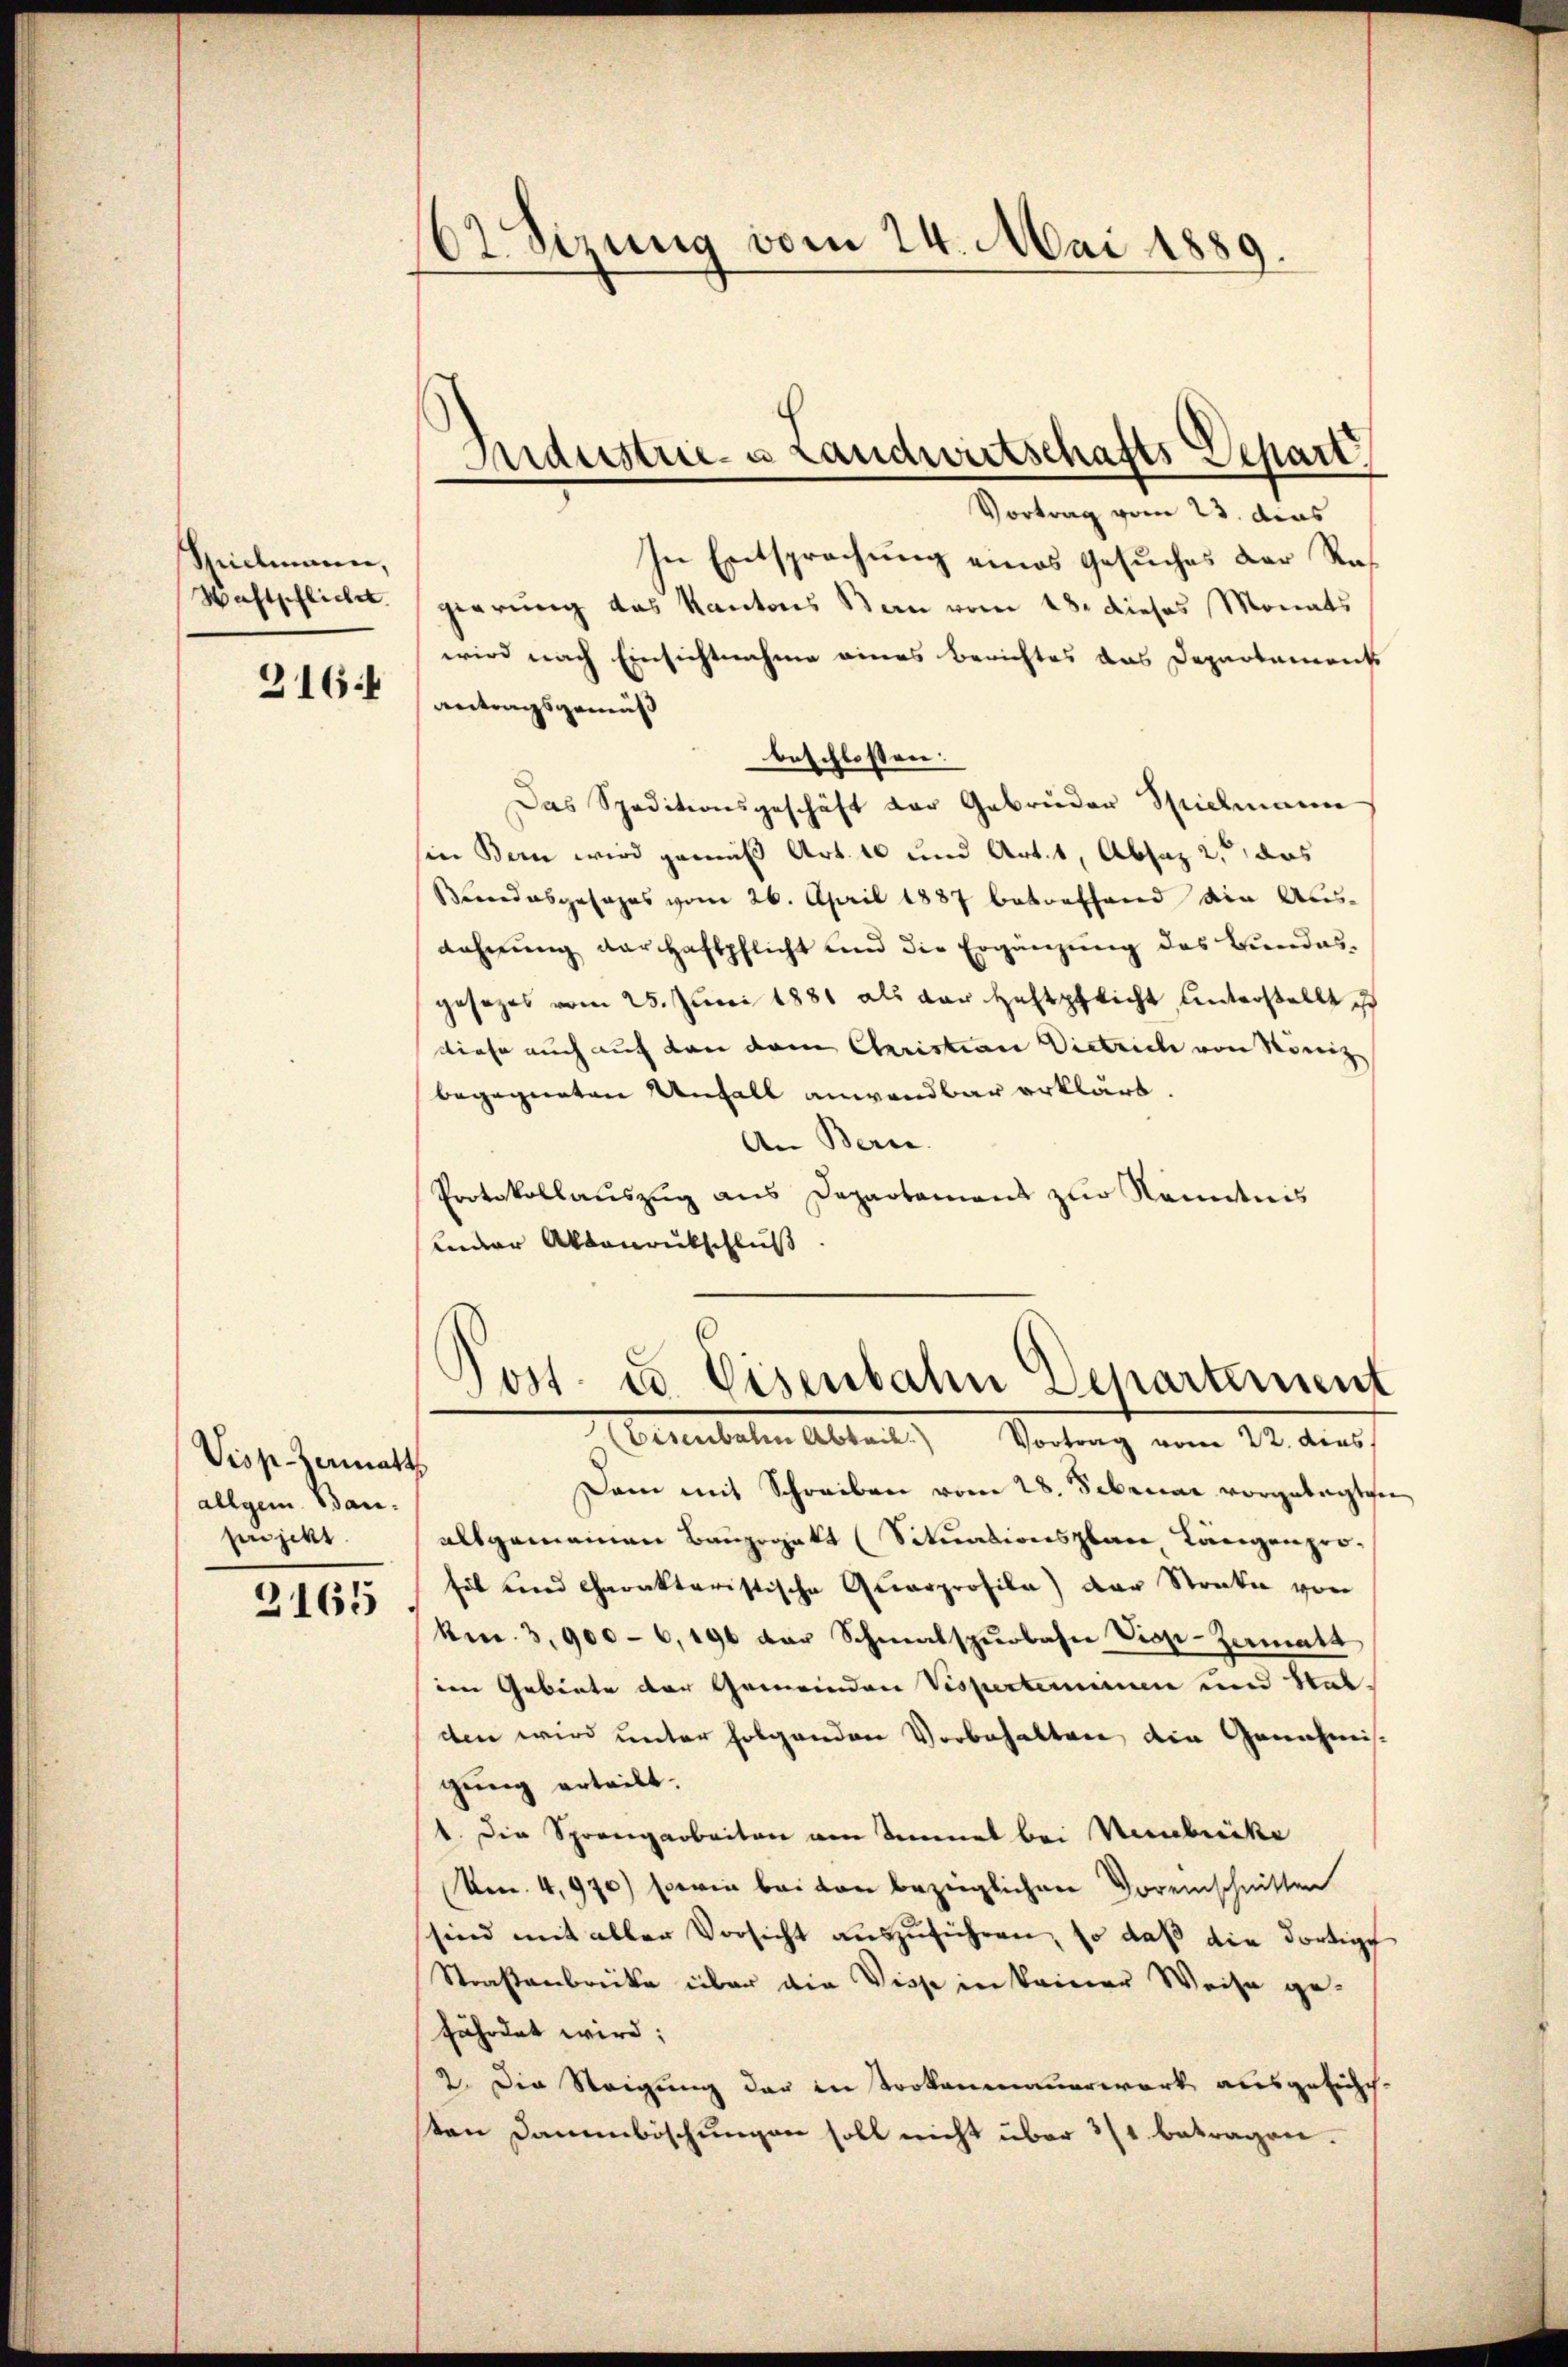
Sidmann,
Waftpflichet.
316.

Visp-Zermatt
allgem. Baupnjekt
3165

62 Sizung vom 24. Mai 1889.

Vortrag vom 23. dies
In Entsprechung eines Gesuches der Regierung das Kantons Bern vom 18. dieses Monats
wird nach Einsichtnahme eines Berichtes das Departement
antragsgemäß
beschlossen:
Das Speditionsgeschäft der Gebrüder Spielmann
sie Bern wird gemäß Art. 10 und Art. 1, Absaz 2 das
Bundesgesages vom 26. April 1887 betreffend die Aus-
dahnŭng der Haftpflicht und die Ergänzung des Bundes-
gesezes vom 25. Juni 1881 als der Haftpflicht unterstellt ist
diese auch auf den dem Christian Dietrich von König
begegneten Unfall anwendbar erklärt
An Berne.
Protokollauszug aus Departement zur Kenntnis
Ander Aktenrutschluß

Andustrie-a Landwirtschafts Depart

Post- u. Eisenbahn Separtement
Eisenbahn Abback.) Vortrag vom 22. dies

Dam mit Schreiben vom 28. Februar vorgelegten
alsgemeinen Bauzegatt (Situationsplan Längen prohet und charaktaristische Quarprofila) der Strate von
km. 3,900-6,196 der Schmalspurbahne Vice-Zermatt
ien Gebiete der Gemeinden Vispertemen und Stat.
den wird unter folgenden Vorbehalten die Genehmisgung erteilt.
1. Die Sprengarbeiten von Semmel bei Verbricke
Am. 4,970) sowie bei den bezüglichen Voreinschnitten
sind mit aller Vorsicht auszuführen, so daß die dortige
Straßenbrücke über die Wisse in keiner Weise ge-
fährdet wird;
2. Die Steigung der in trokenmauerwerk ausgelisch-
sten Dammböschungen soll nicht über 371 betragen.